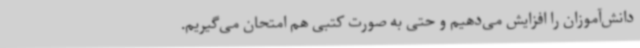
دانش‌آموزان را افزایش می‌دهیم و حتی به صورت کتبی هم امتحان می‌گیریم.